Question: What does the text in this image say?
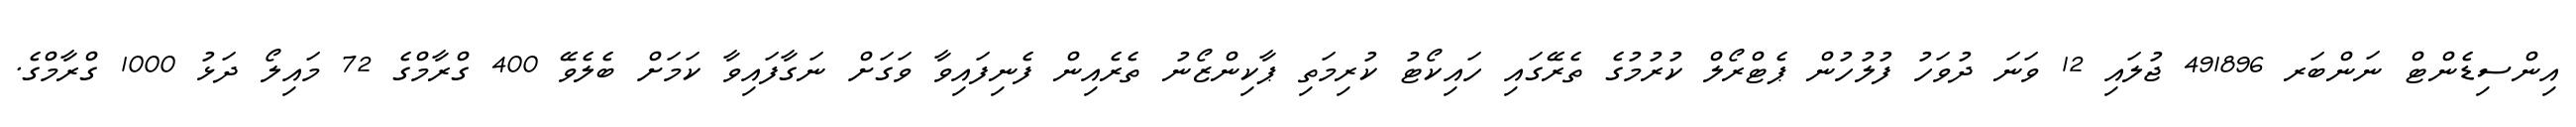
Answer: އިންސިޑެންޓް ނަންބަރ 491896 ޖުލައި 12 ވަނަ ދުވަހު ފުލުހުން ޕެޓްރޯލް ކުރުމުގެ ތެރޭގައި ހައިކޯޓު ކުރިމަތި ޕާކިންޒޯނު ތެރެއިން ފެނިފައިވާ ވަގަށް ނަގާފައިވާ ކަމަށް ބެލެވޭ 400 ގްރާމްގެ 72 މައިލޯ ދަޅު 1000 ގްރާމްގެ.